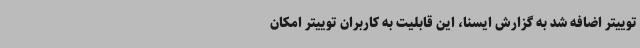
توییتر اضافه شد به گزارش ایسنا، این قابلیت به کاربران توییتر امکان